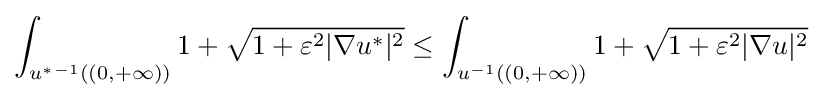
\int _{u^{*}{}^{-1}((0,+\infty ))}1+{\sqrt {1+\varepsilon ^{2}|\nabla u^{*}|^{2}}}\leq \int _{u^{-1}((0,+\infty ))}1+{\sqrt {1+\varepsilon ^{2}|\nabla u|^{2}}}